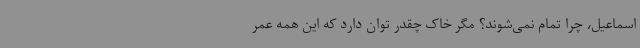
اسماعیل، چرا تمام نمی‌شوند؟ مگر خاک چقدر توان دارد که این همه عمر